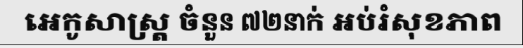
អេកូសាស្ត្រ ចំនួន ៧២នាក់ អប់រំសុខភាព